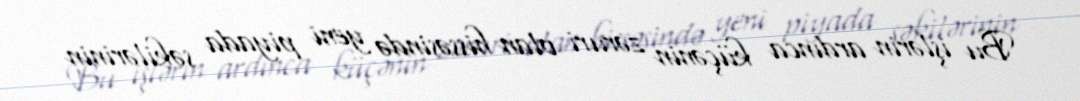
Bu işlərin ardınca küçənin zəruri olan hissəsində yeni piyada səkilərinin